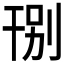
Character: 𱜽